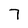
Character: 7